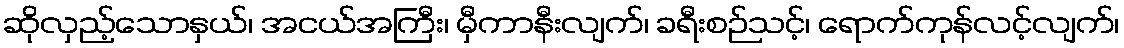
ဆိုလှည့်သောနှယ်၊ အငယ်အကြီး၊ မှီကာနီးလျက်၊ ခရီးစဉ်သင့်၊ ရောက်ကုန်လင့်လျက်၊